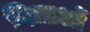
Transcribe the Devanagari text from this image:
विधाओं